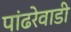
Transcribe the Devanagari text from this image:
पांढरेवाडी